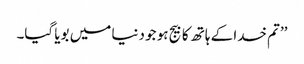
’’تم خدا کے ہاتھ کا بیج ہو جو دنیا میں بویا گیا۔